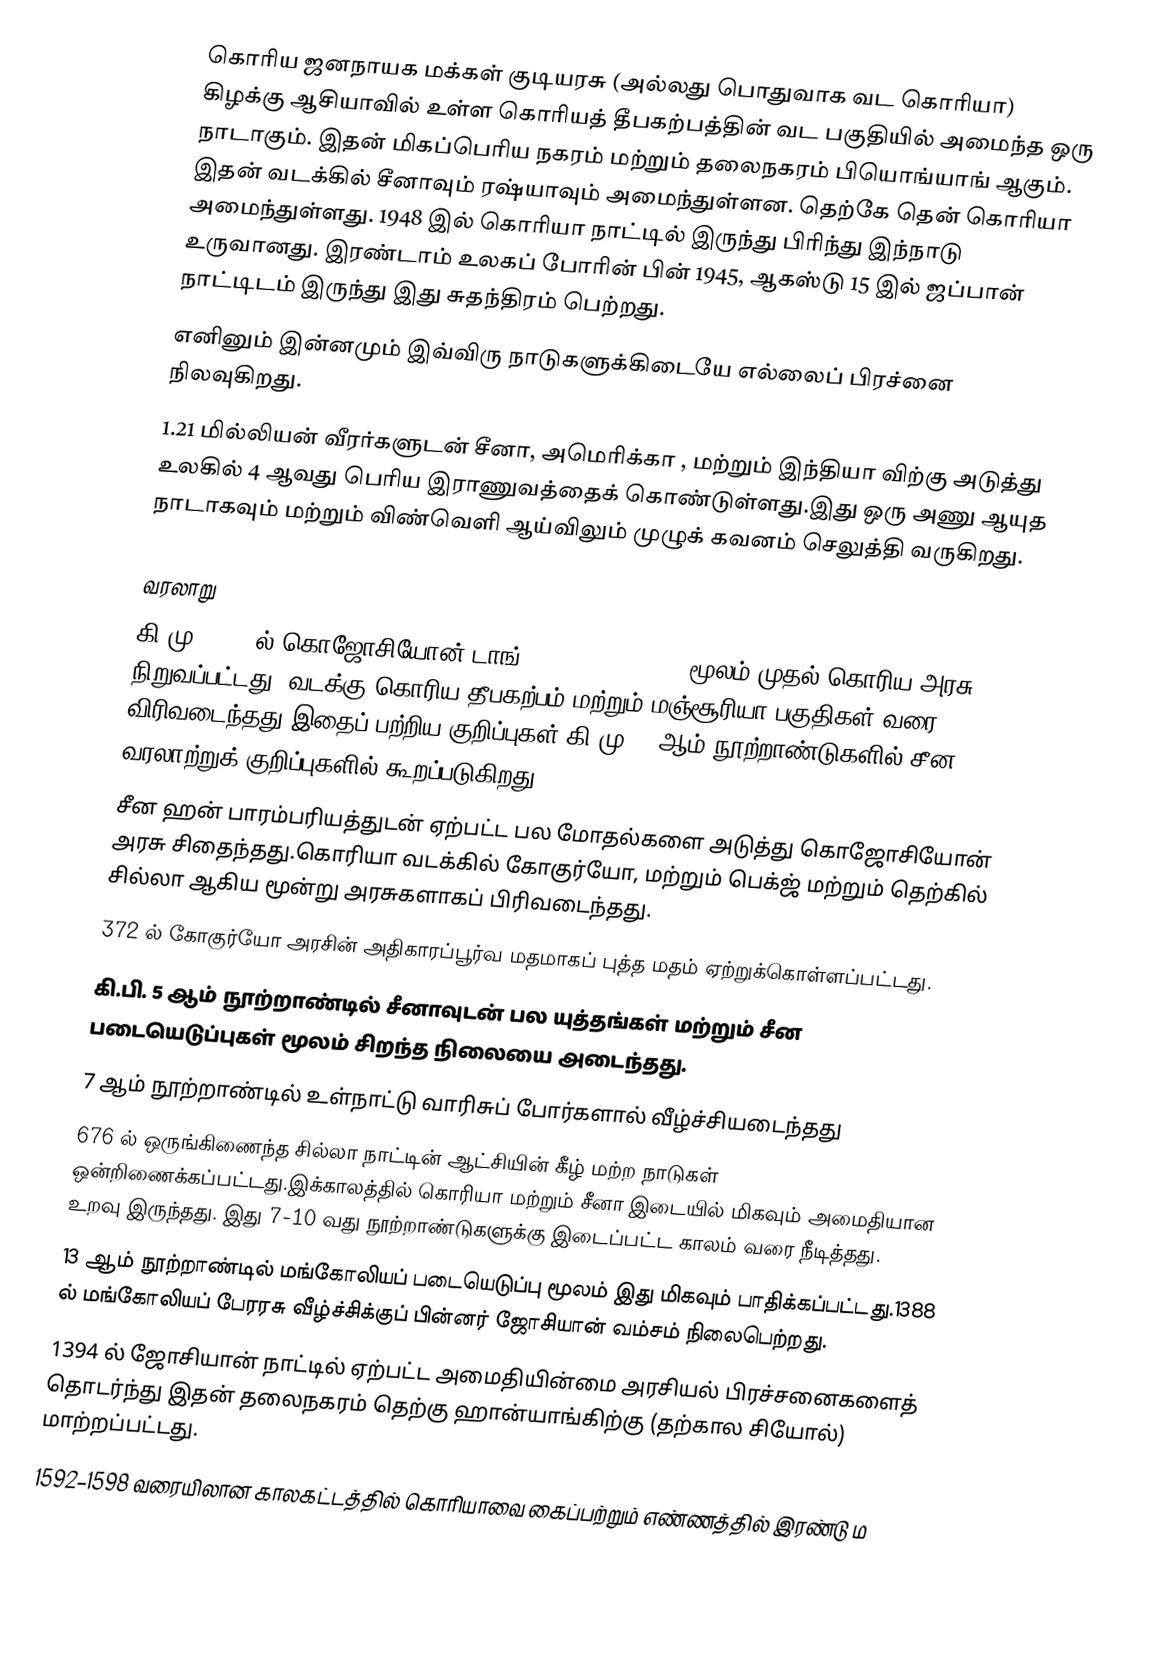
கொரிய ஜனநாயக மக்கள் குடியரசு (அல்லது பொதுவாக வட கொரியா) கிழக்கு ஆசியாவில் உள்ள கொரியத் தீபகற்பத்தின் வட பகுதியில் அமைந்த ஒரு நாடாகும். இதன் மிகப்பெரிய நகரம் மற்றும் தலைநகரம் பியொங்யாங் ஆகும். இதன் வடக்கில் சீனாவும் ரஷ்யாவும் அமைந்துள்ளன. தெற்கே தென் கொரியா அமைந்துள்ளது. 1948 இல் கொரியா நாட்டில் இருந்து பிரிந்து இந்நாடு உருவானது. இரண்டாம் உலகப் போரின் பின் 1945, ஆகஸ்டு 15 இல் ஜப்பான் நாட்டிடம் இருந்து இது சுதந்திரம் பெற்றது.
எனினும் இன்னமும் இவ்விரு நாடுகளுக்கிடையே எல்லைப் பிரச்னை நிலவுகிறது.
1.21 மில்லியன் வீரர்களுடன் சீனா, அமெரிக்கா , மற்றும் இந்தியா விற்கு அடுத்து  உலகில் 4 ஆவது பெரிய இராணுவத்தைக் கொண்டுள்ளது.இது ஒரு அணு ஆயுத நாடாகவும் மற்றும் விண்வெளி ஆய்விலும் முழுக் கவனம் செலுத்தி வருகிறது.

வரலாறு
 கி.மு. 2333 ல் கொஜோசியோன் டாங் (Gojoseon Dangun)  மூலம் முதல் கொரிய அரசு நிறுவப்பட்டது. வடக்கு கொரிய  தீபகற்பம் மற்றும் மஞ்சூரியா பகுதிகள் வரை விரிவடைந்தது.இதைப் பற்றிய குறிப்புகள் கி.மு. 7 ஆம் நூற்றாண்டுகளில் சீன வரலாற்றுக் குறிப்புகளில் கூறப்படுகிறது.
 சீன ஹன் பாரம்பரியத்துடன் ஏற்பட்ட பல மோதல்களை அடுத்து  கொஜோசியோன் அரசு சிதைந்தது.கொரியா வடக்கில் கோகுர்யோ, மற்றும் பெக்ஜ் மற்றும் தெற்கில் சில்லா ஆகிய மூன்று அரசுகளாகப் பிரிவடைந்தது.
 372 ல் கோகுர்யோ அரசின் அதிகாரப்பூர்வ மதமாகப் புத்த மதம் ஏற்றுக்கொள்ளப்பட்டது.
 கி.பி. 5 ஆம் நூற்றாண்டில் சீனாவுடன் பல யுத்தங்கள் மற்றும் சீன படையெடுப்புகள் மூலம் சிறந்த நிலையை அடைந்தது.
 7 ஆம் நூற்றாண்டில் உள்நாட்டு வாரிசுப் போர்களால் வீழ்ச்சியடைந்தது
 676 ல் ஒருங்கிணைந்த சில்லா நாட்டின் ஆட்சியின் கீழ் மற்ற நாடுகள் ஒன்றிணைக்கப்பட்டது.இக்காலத்தில் கொரியா மற்றும் சீனா இடையில் மிகவும் அமைதியான உறவு இருந்தது. இது 7-10 வது நூற்றாண்டுகளுக்கு இடைப்பட்ட காலம் வரை நீடித்தது.
 13 ஆம் நூற்றாண்டில் மங்கோலியப் படையெடுப்பு மூலம் இது மிகவும் பாதிக்கப்பட்டது.1388 ல் மங்கோலியப் பேரரசு வீழ்ச்சிக்குப் பின்னர் ஜோசியான் வம்சம் நிலைபெற்றது.
 1394 ல் ஜோசியான் நாட்டில் ஏற்பட்ட அமைதியின்மை அரசியல் பிரச்சனைகளைத் தொடர்ந்து இதன் தலைநகரம் தெற்கு ஹான்யாங்கிற்கு (தற்கால சியோல்) மாற்றப்பட்டது.
 1592–1598 வரையிலான காலகட்டத்தில் கொரியாவை கைப்பற்றும் எண்ணத்தில் இரண்டு ம